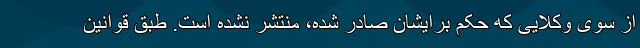
از سوی وکلایی که حکم برایشان صادر شده، منتشر نشده است. طبق قوانین